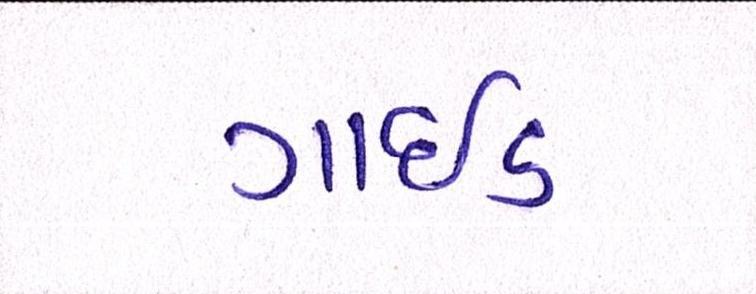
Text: ગાઇડ